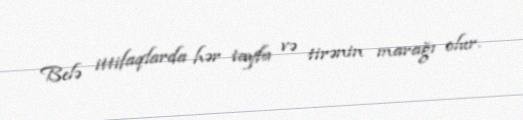
Belə ittifaqlarda hər tayfa və tirənin marağı olur.